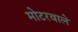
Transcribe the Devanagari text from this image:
मोटरवाले